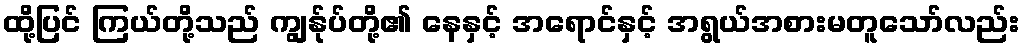
ထို့ပြင် ကြယ်တို့သည် ကျွန်ုပ်တို့၏ နေနှင့် အရောင်နှင့် အရွယ်အစားမတူသော်လည်း